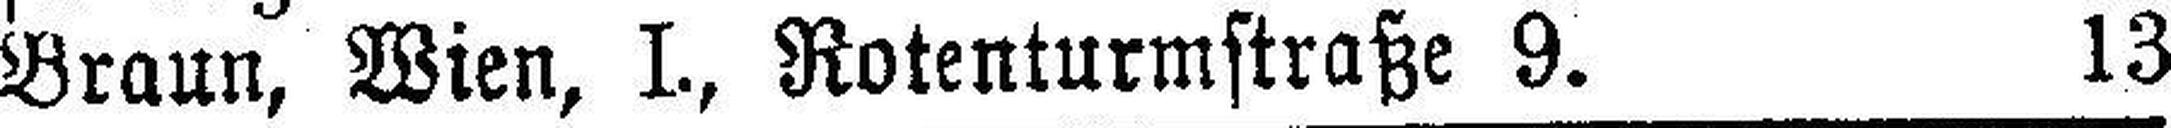
Braun, Wien, I., Rotenturmstraße 9. 13